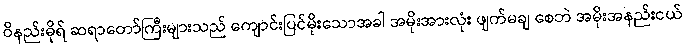
ဝိနည်းဓိုရ် ဆရာတော်ကြီးများသည် ကျောင်းပြင်မိုးသောအခါ အမိုးအားလုံး ဖျက်မချ စေဘဲ အမိုးအနည်းငယ်